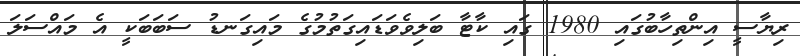
ރިޔާސީ އިންތިހާބުގައި 1980 ގައި ކާޓާ ބަލިވެވަޑައިގަތުމުގެ މައިގަނޑު ސަބަބަކީ އެ މައްސަލަ